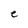
Character: e